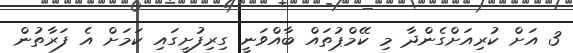
3 އަށް ކުރިއަށްގެންދާ މި ކޭމްޕުތައް ބާއްވަނީ ގިރިފުށީގައި ކަމަށް އެ ފަރާތުން